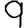
Digit: 9